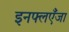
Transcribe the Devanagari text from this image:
इनफ्लएँजा